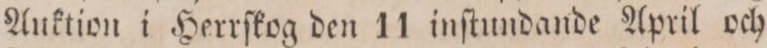
Auktion i Herrſkog den 11 inſtundande April och